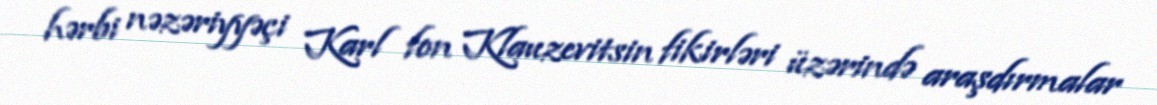
hərbi nəzəriyyəçi Karl fon Klauzevitsin fikirləri üzərində araşdırmalar